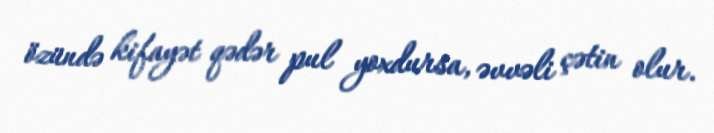
özündə kifayət qədər pul yoxdursa, əvvəli çətin olur.